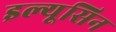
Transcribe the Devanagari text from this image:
इल्यूसिन